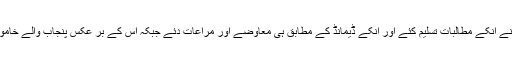
حکومت نے انکے مطالبات تسلیم کئے اور انکے ڈیمانڈ کے مطابق ہی معاوضے اور مراعات دئے جبکہ اس کے بر عکس پنجاب والے خاموش رہے۔